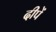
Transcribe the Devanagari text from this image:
दीपें